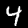
Label: 4